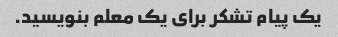
یک پیام تشکر برای یک معلم بنویسید.